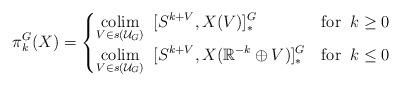
LaTeX: \begin{align*}\pi^G_k(X) = \begin{cases}\displaystyle\operatorname*{colim}_{V \in s(\mathcal{U}_G)} \;\; [S^{k+V}, X(V)]_*^G & \mathrm{for} \;\; k \geq 0 \\\displaystyle\operatorname*{colim}_{{V \in s(\mathcal{U}_G)}} \;\; [S^{k+V}, X(\mathbb{R}^{-k} \oplus V)]_*^G & \mathrm{for}\;\; k \leq 0\end{cases}\end{align*}